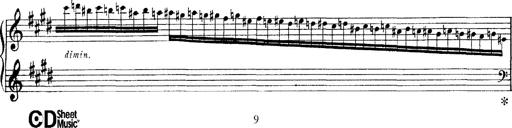
Title: Tarantelle di bravura dâ€™aprÃ¨s la tarantelle de La muette de Portici
Composer: Franz Liszt